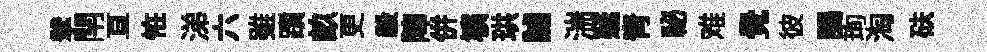
擘閈亘恠涕六雖躓畝更毅陣併壙珙謔湍邃靑祕难覺彼謁珣淘砆